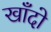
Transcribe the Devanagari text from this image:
खाँदो